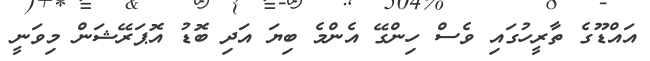
އައްޑޫގެ ތާރީހުގައި ވެސް ހިންގޭ އެންމެ ބިޔަ އަދި ބޮޑު އޮޕަރޭޝަން މިވަނީ